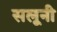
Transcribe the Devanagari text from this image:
सलूनी